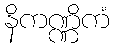
နိကဏ္ဏိကံ